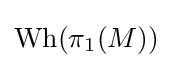
\operatorname {Wh} (\pi _{1}(M))